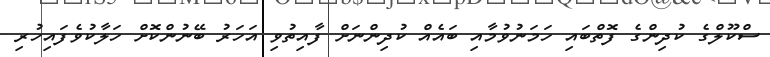
ސްކޫލްގެ ކުދިންގެ ފޮތްބައި ހަމަނުވުމާއި ބައެއް ކުދިންނަށް ފާއިތުވި އަހަރު ބޭނުންކޮށް ހަލާކުވެފައިހުރި